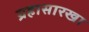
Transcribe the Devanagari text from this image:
ग्रहासारखा